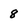
Character: 8